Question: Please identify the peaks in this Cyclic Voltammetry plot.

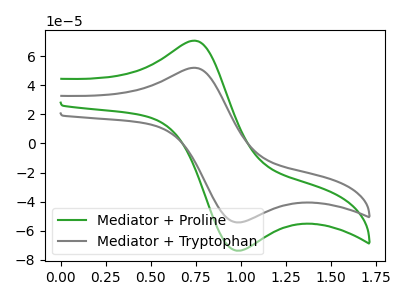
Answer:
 <answer>The green curve "Mediator + Proline" has an anodic peak at (0.75V, 70.75uA) and a cathodic peak at (1.00V, -73.75uA). The gray curve "Mediator + Tryptophan" has an anodic peak at (0.75V, 52.10uA) and a cathodic peak at (1.00V, -54.30uA).</answer>
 <eval></eval>